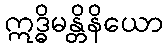
ဣဒ္ဓိမန္တိနိယော